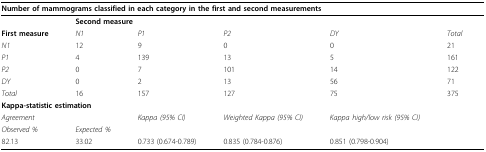
| <COLSPAN=6> Number of mammograms classified in each category in the first and second measurements |
 | --- | --- | --- | --- | --- | --- |
 |  | <COLSPAN=5> Second measure |
 | First measure | N1 | P1 | P2 | DY | Total |
 | N1 | 12 | 9 | 0 | 0 | 21 |
 | P1 | 4 | 139 | 13 | 5 | 161 |
 | P2 | 0 | 7 | 101 | 14 | 122 |
 | DY | 0 | 2 | 13 | 56 | 71 |
 | Total | 16 | 157 | 127 | 75 | 375 |
 | <COLSPAN=6> Kappa-statistic estimation |
 | <COLSPAN=2> Agreement | Kappa (95% CI) | Weighted Kappa (95% CI) | Kappa high/low risk (95% CI) |  |
 | Observed % | Expected % |  |  |  |  |
 | 82.13 | 33.02 | 0.733 (0.674-0.789) | 0.835 (0.784-0.876) | 0.851 (0.798-0.904) |  |